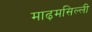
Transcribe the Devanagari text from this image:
माढ़मसिल्ली